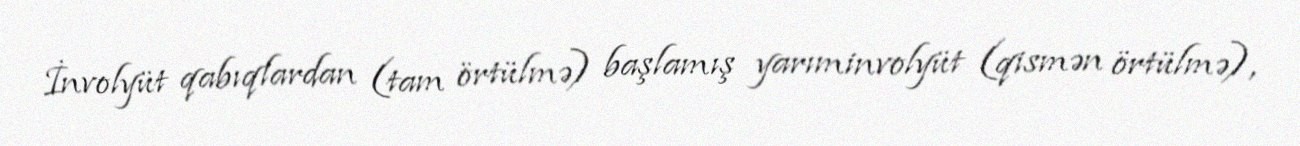
İnvolyüt qabıqlardan (tam örtülmə) başlamış yarıminvolyüt (qismən örtülmə),